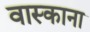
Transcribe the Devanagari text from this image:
वास्काना